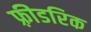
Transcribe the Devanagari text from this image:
फ़्रीडरिक